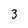
Character: 3